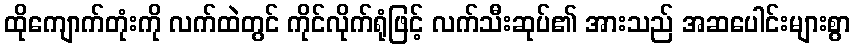
ထိုကျောက်တုံးကို လက်ထဲတွင် ကိုင်လိုက်ရုံဖြင့် လက်သီးဆုပ်၏ အားသည် အဆပေါင်းများစွာ